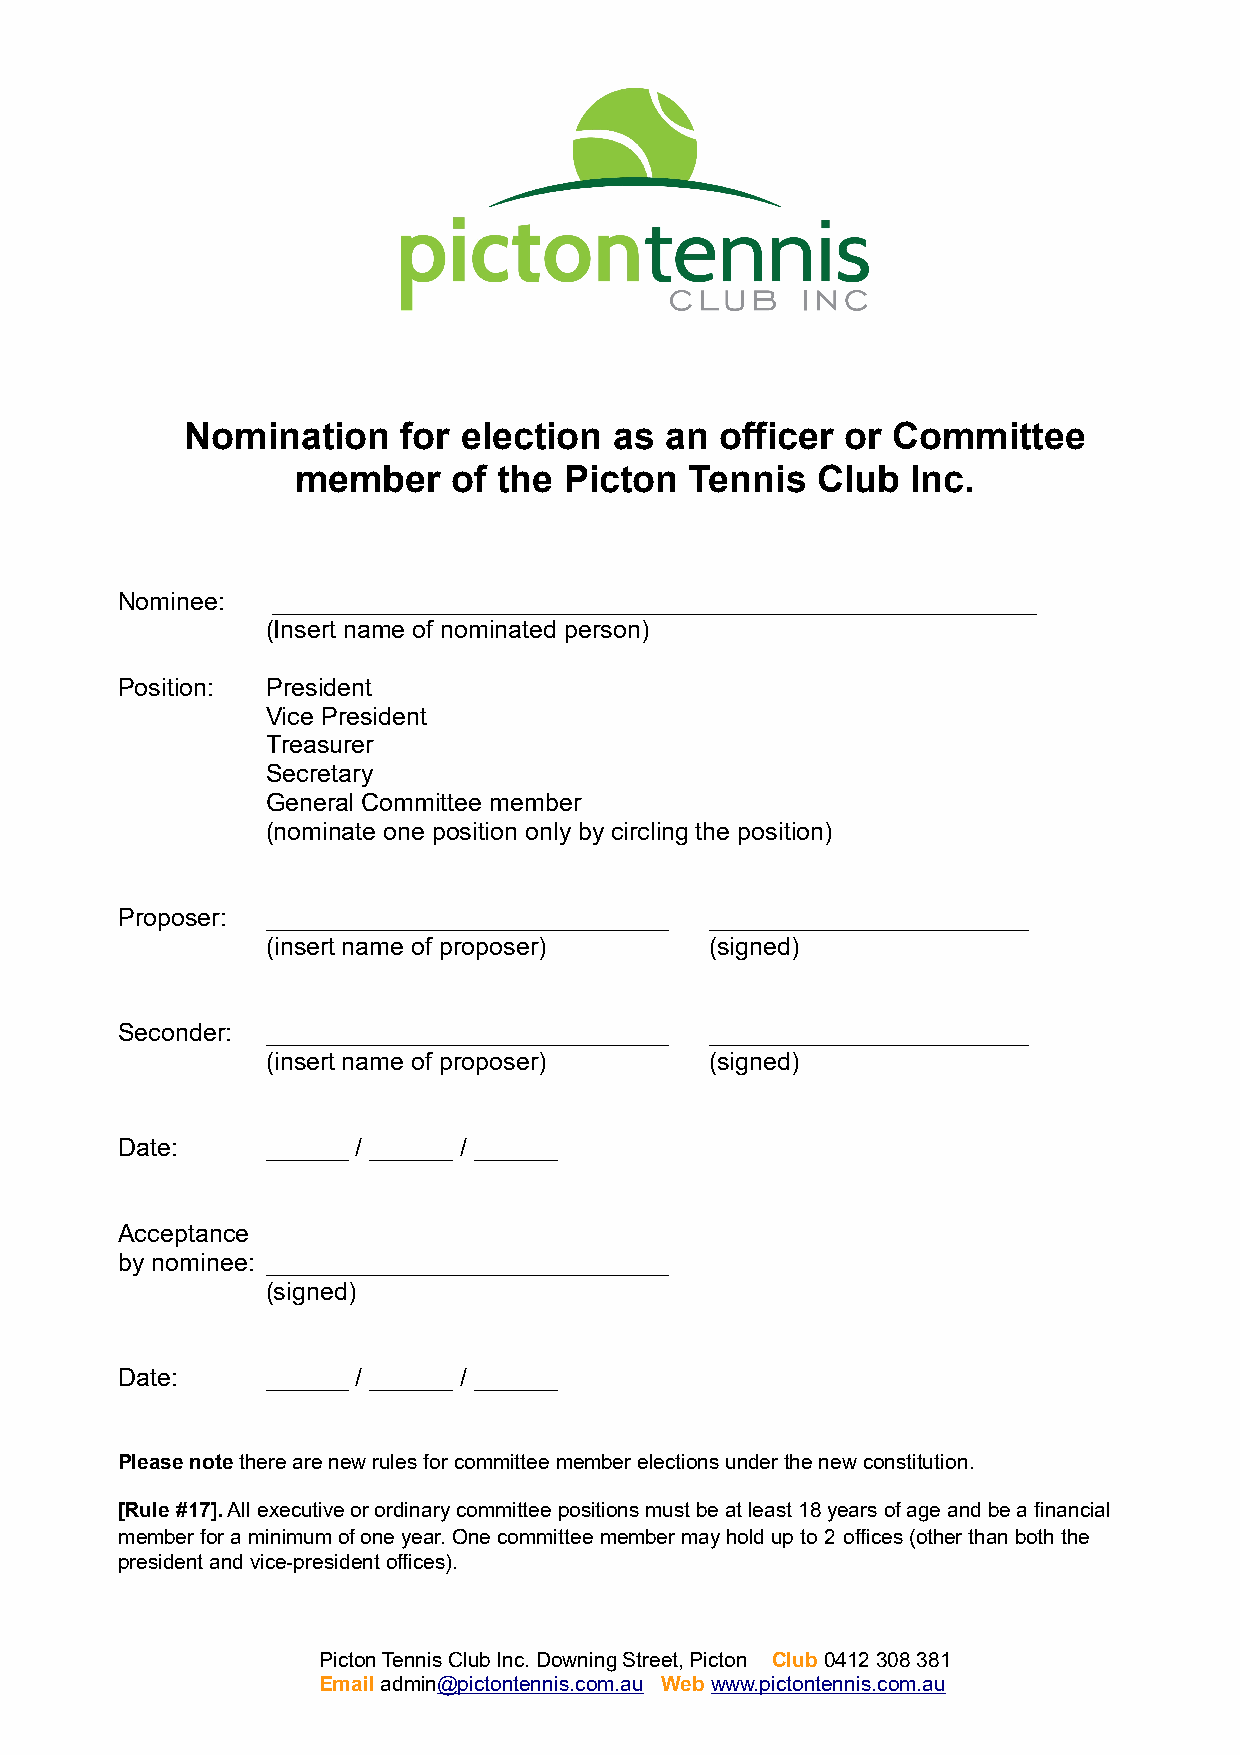
Nomination     for election  as an  officer or Committee
 member    of the Picton   Tennis  Club  Inc.
 Nominee:  _______________________________________________________
 (Insert name of nominated person)
 Position: President
 Vice President
 Treasurer
 Secretary
 General Committee member
 (nominate one position only by circling the position)
 Proposer: _____________________________ _______________________
 (insert name of proposer)    (signed)
 Seconder: _____________________________ _______________________
 (insert name of proposer)    (signed)
 Date:     ______ / ______ / ______
 Acceptance
 by nominee: _____________________________
 (signed)
 Date:     ______ / ______ / ______
 Please note there are new rules for committee member elections under the new constitution.
 [Rule #17]. All executive or ordinary committee positions must be at least 18 years of age and be a financial
 member for a minimum of one year. One committee member may hold up to 2 offices (other than both the
 president and vice-president offices).
 Picton Tennis Club Inc. Downing Street, Picton Club 0412 308 381
 Email admin@pictontennis.com.au Web www.pictontennis.com.au